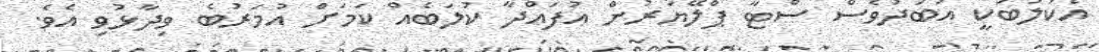
އެކުލަބަކީ އަބަދުވެސް ސްޓާ ޕްލޭޔަރުން އުފައްދާ ކުލަބެއް ކަމަށް އުމަރުބެ ވިދާޅުވި އެވެ.